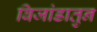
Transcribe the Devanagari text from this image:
बिजांडातुन